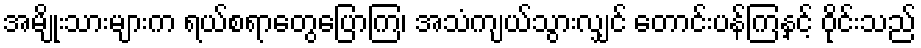
အမျိုးသားများက ရယ်စရာတွေပြောကြ၊ အသံကျယ်သွားလျှင် တောင်းပန်ကြနှင့် ဝိုင်းသည်